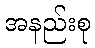
အနည်းစု